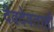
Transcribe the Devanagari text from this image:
देवदेवताही